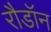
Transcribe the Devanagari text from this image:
रौडॉन